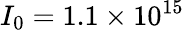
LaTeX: I_{0}=1.1\times 10^{15}